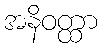
အနိဝတ္ထာ